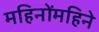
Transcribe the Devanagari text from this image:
महिनोंमहिने